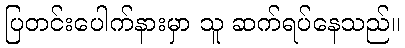
ပြတင်းပေါက်နားမှာ သူ ဆက်ရပ်နေသည်။